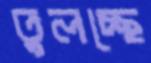
তুলচ্ছে